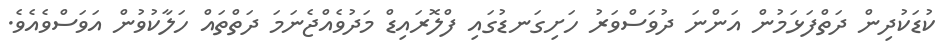
ކުޑަކުދިން ދަތްފަޅަމުން އަންނަ ދުވަސްވަރު ހަށިގަނޑުގައި ފްލޮރައިޑް މަދުވެއްޖެނަމަ ދަތްތައް ހަލާކުވުން އަވަސްވެއެވެ.